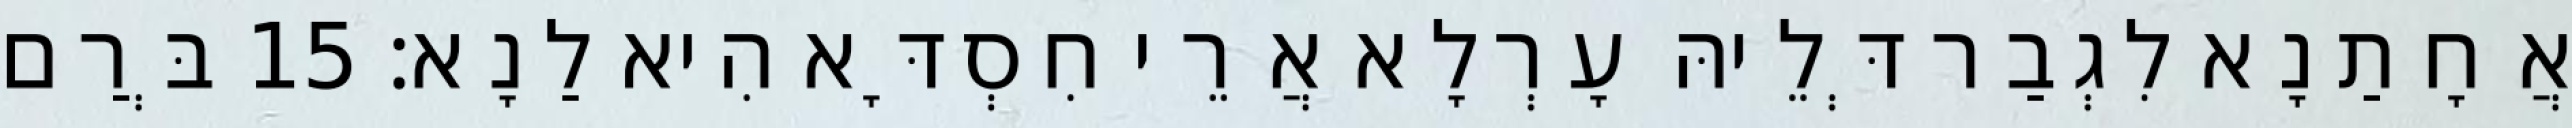
אֲחָתַנָא לִגְבַר דְּלֵיהּ עָרְלָא אֲרֵי חִסְדָּא הִיא לַנָא׃ 15 בְּרַם